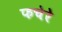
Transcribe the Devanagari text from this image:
फचेरे